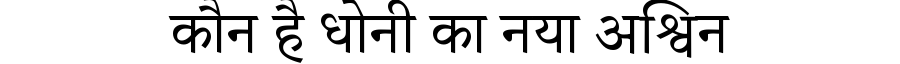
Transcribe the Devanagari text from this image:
कौन है धोनी का नया अश्विन